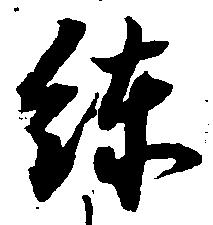
練